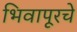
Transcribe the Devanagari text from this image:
भिवापूरचे